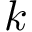
k